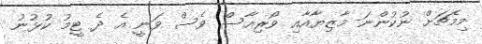
މިމެޗަށް ނުކުންނަ މާޒިޔާއާއި ވޯރިއާސް ވެސް ވަނީ އެ ދެ ޓީމު ކުޅުނު